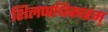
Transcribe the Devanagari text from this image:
शिलप्पधिकारम्‌